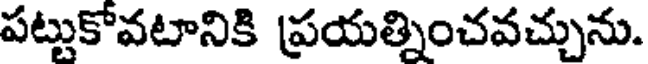
పట్టుకోవటానికి ప్రయత్నించవచ్చును.